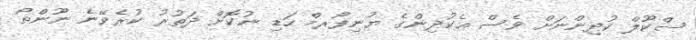
ސްކޫލް ކުދިންނަށް ވެސް އެކުދިންގެ ޔުނިފޯރމް ހަޑި ނުކޮށް ދަތުރު ކުރެވޭނެ ނޫންތޯ